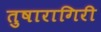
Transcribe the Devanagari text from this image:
तुषारागिरी